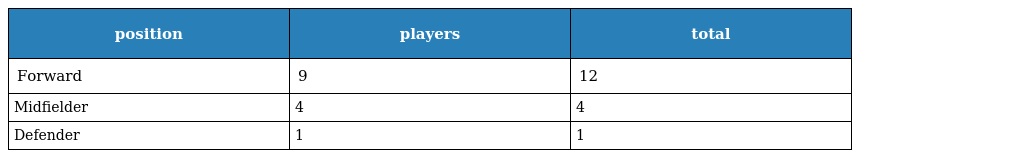
| position | players | total |
 | --- | --- | --- |
 | Forward | 9 | 12 |
 | Midfielder | 4 | 4 |
 | Defender | 1 | 1 |